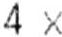
4 X